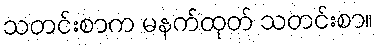
သတင်းစာက မနက်ထုတ် သတင်းစာ။